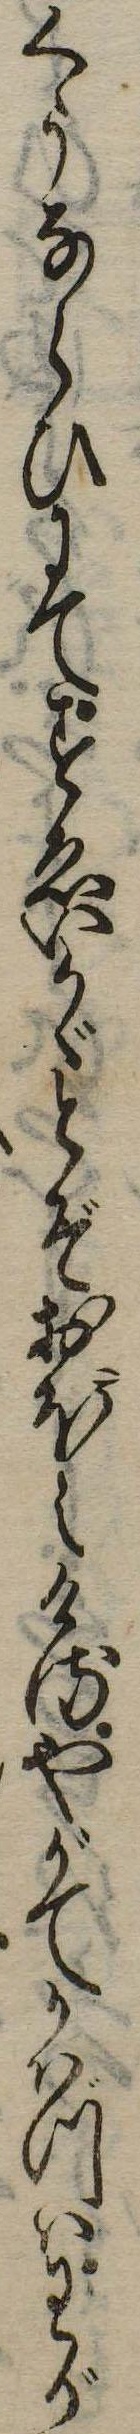
くうならひにてすゑいかゞとぞおぼえけるやがてかはづはわが